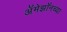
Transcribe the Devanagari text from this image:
अॅमेझॉनच्या